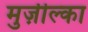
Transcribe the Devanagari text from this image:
मुर्ज़ील्का